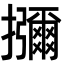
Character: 𭣐